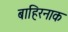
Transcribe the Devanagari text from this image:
बाहिरनाक